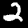
Label: 2